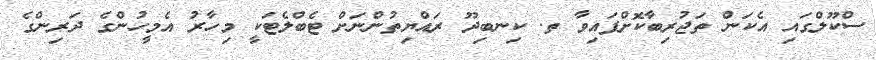
ސްކޫލްގައި އެކަން ތަޖުރިބާކޮށްފައިވާ ތ. ކިނބިދޫ ރައްޔިތުންނަށް ޓެބްލެޓަކީ މިހާރު އެމީހުންގެ ދަރިންގެ